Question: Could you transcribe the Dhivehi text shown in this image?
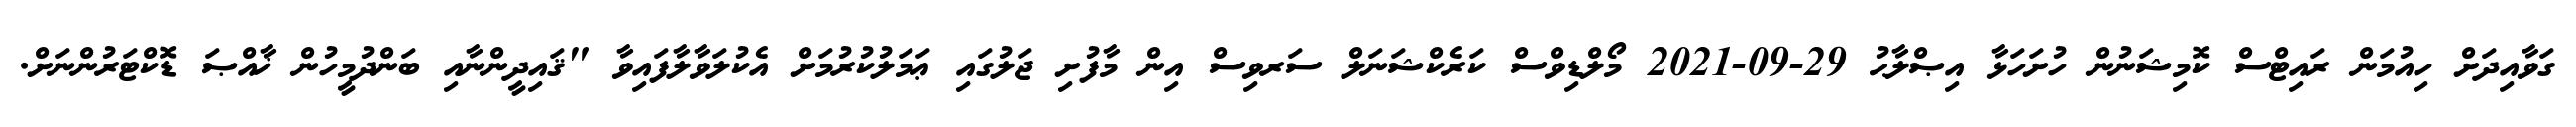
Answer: ގަވާއިދަށް ހިއުމަން ރައިޓްސް ކޮމިޝަނުން ހުށަހަޅާ އިޞްލާޙު 29-09-2021 މޯލްޑިވްސް ކަރެކްޝަނަލް ސަރވިސް އިން މާފުށި ޖަލުގައި ޢަމަލުކުރުމަށް އެކުލަވާލާފައިވާ "ޤައިދީންނާއި ބަންދުމީހުން ޚާއްޞަ ޑޮކްޓަރުންނަށް.